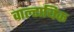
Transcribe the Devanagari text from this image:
वाल्टायिक